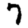
Digit: 7